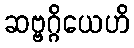
ဆဗ္ဗဂ္ဂိယေဟိ